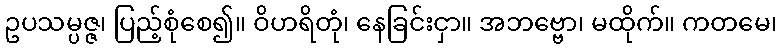
ဥပသမ္ပဇ္ဇ၊ ပြည့်စုံစေ၍။ ဝိဟရိတုံ၊ နေခြင်းငှာ။ အဘဗ္ဗော၊ မထိုက်။ ကတမေ၊